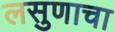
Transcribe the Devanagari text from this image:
लसुणाचा